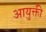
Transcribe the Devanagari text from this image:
आयुक्ती